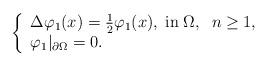
LaTeX: \begin{align*}\left\{\begin{array}{l}\Delta \varphi_1(x)=\frac{1}{2}\varphi_1(x), \;\mbox{in}\;\Omega,\;\;n\geq 1,\\\varphi_1|_{\partial\Omega}=0.\end{array}\right.\end{align*}